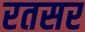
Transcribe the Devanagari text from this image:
रतसर